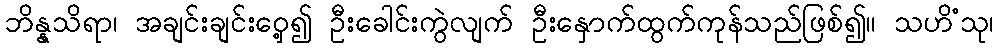
ဘိန္နသိရာ၊ အချင်းချင်းဝှေ့၍ ဦးခေါင်းကွဲလျက် ဦးနှောက်ထွက်ကုန်သည်ဖြစ်၍။ သဟိံသု၊